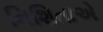
નિશિતાએ